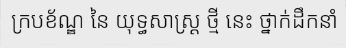
ក្របខ័ណ្ឌ នៃ យុទ្ធសាស្ត្រ ថ្មី នេះ ថ្នាក់ដឹកនាំ